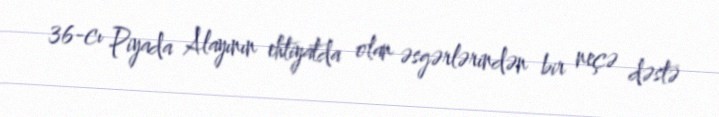
36-cı Piyada Alayının ehtiyatda olan əsgərlərindən bir neçə dəstə